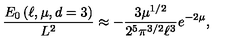
\frac { E _ { 0 } \left( \ell , \mu , d = 3 \right) } { L ^ { 2 } } \approx - \frac { 3 \mu ^ { 1 / 2 } } { 2 ^ { 5 } \pi ^ { 3 / 2 } \ell ^ { 3 } } e ^ { - 2 \mu } ,